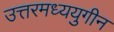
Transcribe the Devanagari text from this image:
उत्तरमध्ययुगीन